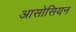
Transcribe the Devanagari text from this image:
आसोसियन